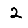
Digit: 2